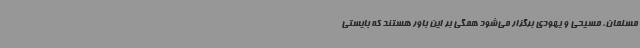
مسلمان، مسیحی و یهودی برگزار می‌شود همگی بر این باور هستند که بایستی